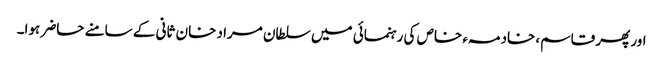
اور پھر قاسم، خادمہء خاص کی رہنمائی میں سلطان مراد خان ثانی کے سامنے حاضر ہوا۔